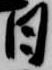
日